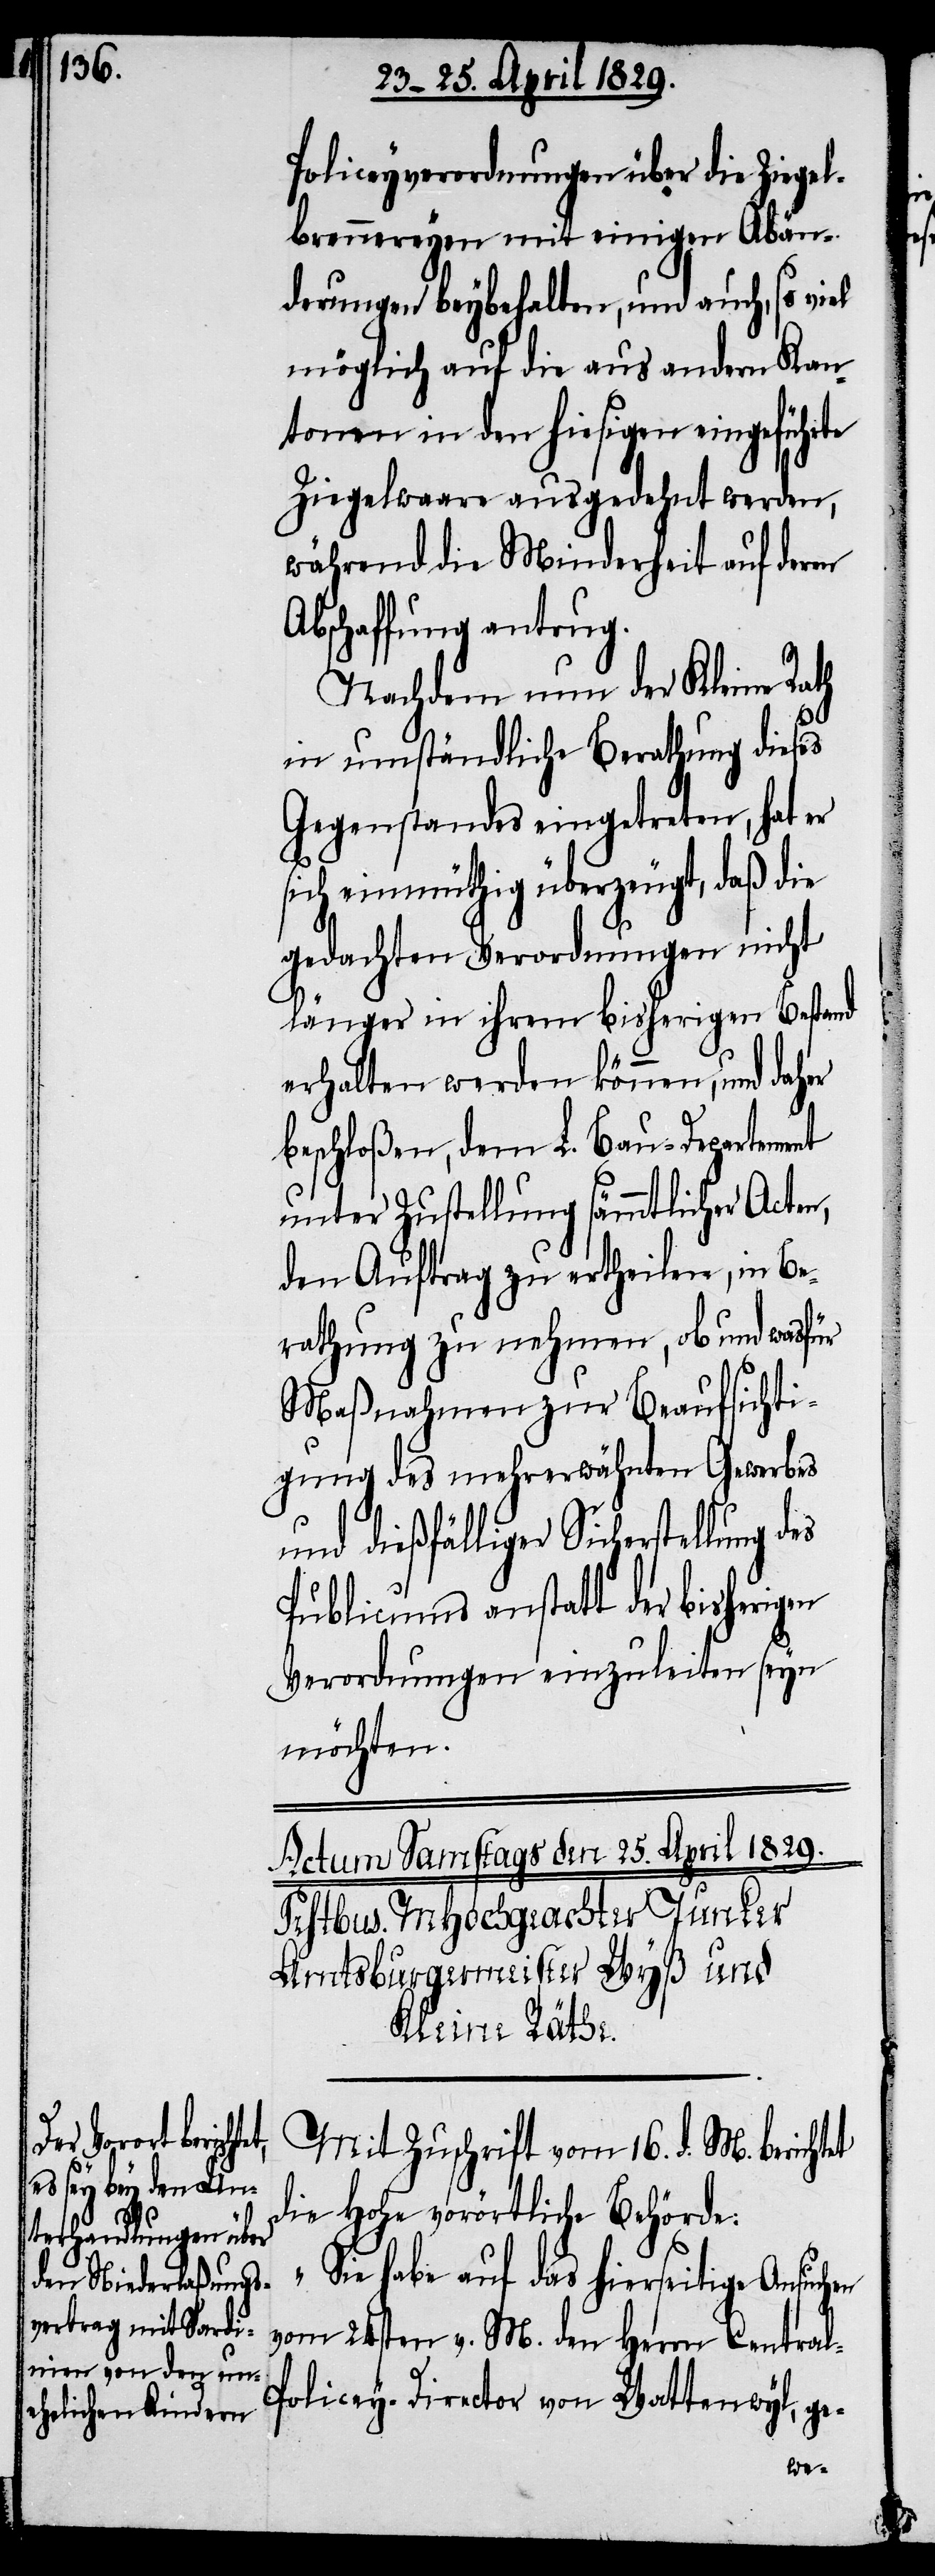
Policeyverordnungen über die Ziegel¬
brennereyen mit einigen Abän¬
derungen beybehalten, und auch, so viel
möglich auf die aus andern Kan¬
tonen in den hiesigen eingeführte
Ziegelwaare ausgedehnt werden,
während die Minderheit auf deren
Abschaffung antrug.
Nachdem nun der Kleine Rath
in umständliche Berathung dieses
Gegenstandes eingetreten, hat er
sich einmüthig überzeugt, daß die
gedachten Verordnungen nicht
länger in ihrem bisherigen Bestand
erhalten werde können, und daher
beschloßen, dem L. Bau-Departement
unter Zustellung sämmtlicher Acten,
den Auftrag zu ertheilen, in Be¬
rathung zu nehmen, ob und wasfür
Maßnahmen zur Beaufsichti¬
gung des mehrerwähnten Gewerbes
und dießfälliger Sicherstellung des
Publicums anstatt der bisherigen
Verordnungen einzuleiten seyn
möchten.
Mit Zuschrift vom 16. d. M. berichtet
die Hohe vorörtliche Behörde:
„Sie habe auf das hierseitige Ansuchen
vom 24sten v. M. den Herrn Central-P¬
olicey-Director von Wattenwyl, ge-